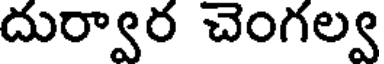
దుర్వార చెంగల్వ